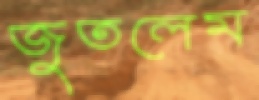
জুতলেম